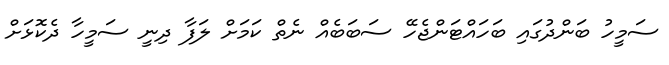
ސަމީހު ބަންދުގައި ބަހައްޓަންޖެހޭ ސަބަބެއް ނެތް ކަމަށް ލަފާ ދިނީ ސަމީހާ ދެކޮޅަށް